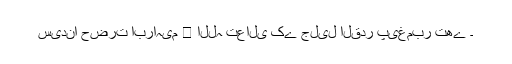
سیدنا حضرت ابراہیم ﷤ اللہ تعالی کے جلیل القدر پیغمبر تھے ۔